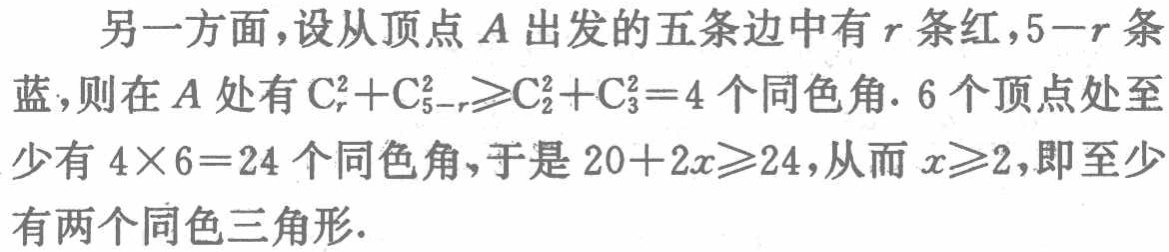
另一方面，设从顶点\(A\)出发的五条边中有\(r\)条红，\(5 - r\)条蓝，则在\(A\)处有\(C_{r}^{2}+C_{5 - r}^{2}\geqslant C_{2}^{2}+C_{3}^{2}=4\)个同色角. \(6\)个顶点处至少有\(4\times6 = 24\)个同色角，于是\(20 + 2x\geqslant24\)，从而\(x\geqslant2\)，即至少有两个同色三角形.